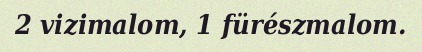
2 vizimalom, 1 fürészmalom.